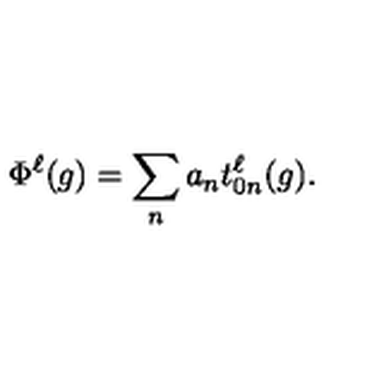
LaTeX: \Phi ^ { \ell } ( g ) = \sum _ { n } a _ { n } t _ { 0 n } ^ { \ell } ( g ) .